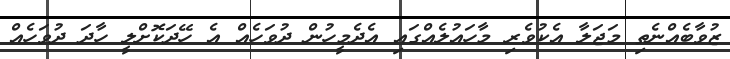
ޒުވާބެއްނެތި މަޖަލާ އެކުވެރި މާހައުލެއްގައި އެދެމީހުން ދުވަހެއް އެ ހޭދަކޮށްލީ ހާދަ ދުވަހެއް